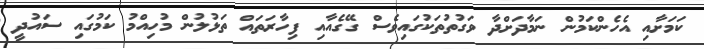
ކަމަށާއި އެހެންކަމުން ނަމާދަށްދާ ވަގުތުތަކުގައިވެސް ގޭގެއާއި ފިހާރަތައް ތަޅުލުން މުހިއްމު ކަމުގައި ސައުދީ